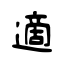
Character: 適